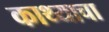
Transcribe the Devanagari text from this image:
काथ्याचा